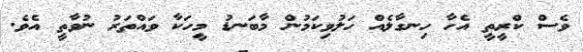
ވެސް ކްރީތީ އެހާ ހިނގާލެއް ހަލުވިކަމުން މާބަނޑު މީހަކާ ވައްތަރު ނުވާތީ އެވެ.